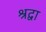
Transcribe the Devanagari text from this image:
श्रद्वा